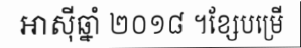
អាស៊ីឆ្នាំ ២០១៨ ។ខ្សែបម្រើ